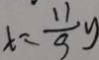
x = \frac { 1 1 } { 9 } y